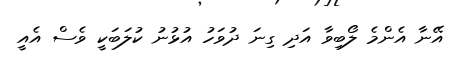
އޭނާ އެންމެ ލޯބިވާ އަދި ގިނަ ދުވަހު އުޅުނު ކުލަބަކީ ވެސް އެއީ